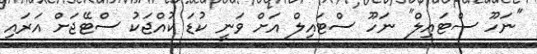
"ނަހޫ ސްޓައިލް" ނަހޫ ސްޓައިލް އަށް ވަނީ ކުޑަ ކުއްޖަކު ސްޓޭޖަށް އަރައި